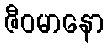
ဇီဝမာနော